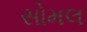
સોમલ